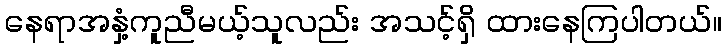
နေရာအနှံ့ကူညီမယ့်သူလည်း အသင့်ရှိ ထားနေကြပါတယ်။